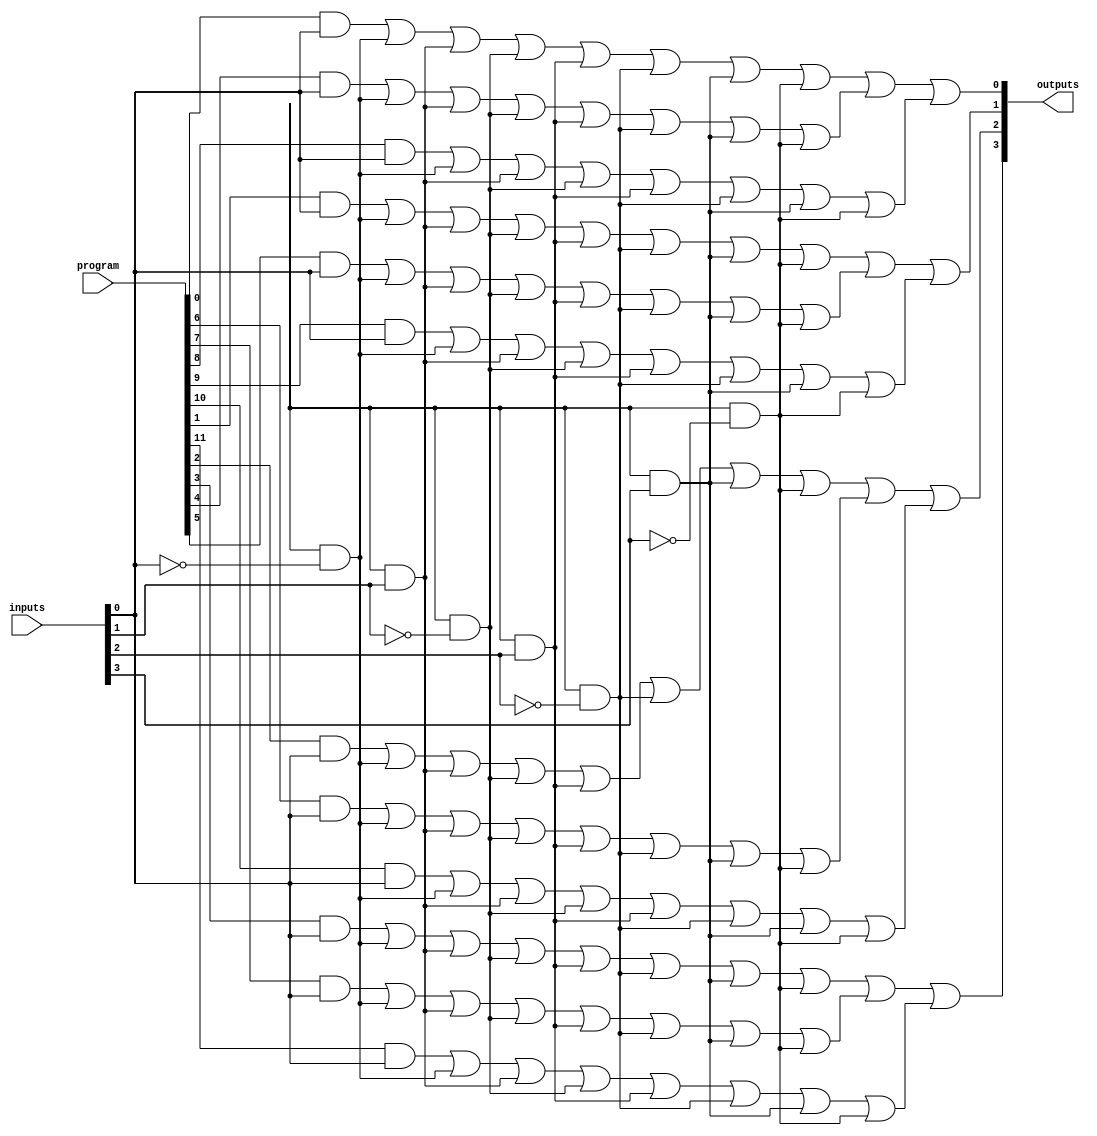
module jewel_pal (
    input wire [N-1:0] inputs,       // N input signals
    input wire [M-1:0] program,      // M programming signals (for AND gates)
    output wire [P-1:0] outputs       // P output signals
);

// Parameters
parameter N = 8; // Number of inputs
parameter M = 16; // Number of AND gates
parameter P = 4; // Number of OR gates

// Internal signals
wire [M-1:0] and_terms; // Outputs from the AND gates
wire [P-1:0] or_terms;   // Outputs from the OR gates

// Programmable AND array
genvar i, j;
generate
    for (i = 0; i < M; i = i + 1) begin : and_array
        // Each AND gate can be programmed based on the program input
        assign and_terms[i] = (program[i] & inputs[0]) |
                               (program[i + M] & ~inputs[0]) |
                               (program[i + 2*M] & inputs[1]) |
                               (program[i + 3*M] & ~inputs[1]) |
                               (program[i + 4*M] & inputs[2]) |
                               (program[i + 5*M] & ~inputs[2]) |
                               (program[i + 6*M] & inputs[3]) |
                               (program[i + 7*M] & ~inputs[3]);
        // Add more input combinations as needed
    end
endgenerate

// Fixed OR array
generate
    for (j = 0; j < P; j = j + 1) begin : or_array
        assign or_terms[j] = and_terms[j] | and_terms[j + P] | and_terms[j + 2*P];
        // Add more AND terms as needed for each OR gate
    end
endgenerate

// Assign outputs
assign outputs = or_terms;

endmodule